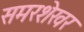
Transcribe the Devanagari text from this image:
समरशेखर